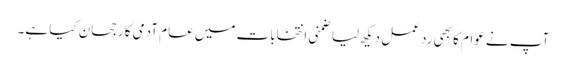
آپ نے عوام کا بھی رد عمل دیکھ لیا ضمنی انتخابات میں عام آدمی کا رجحان کیا ہے۔